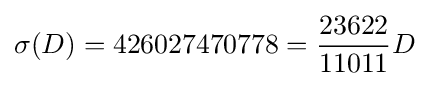
\sigma (D)=426027470778={\frac {23622}{11011}}D